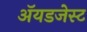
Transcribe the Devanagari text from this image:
ॲयडजेस्ट